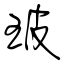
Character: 玻